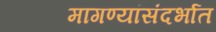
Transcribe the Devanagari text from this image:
मागण्यांसंदर्भात